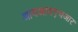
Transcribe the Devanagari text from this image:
आयआयएचआर